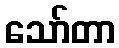
သော်တာ